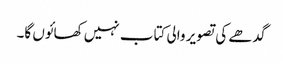
گدھے کی تصویر والی کتاب نہیں کھائوں گا۔